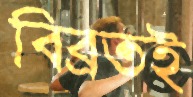
বিব্রতই